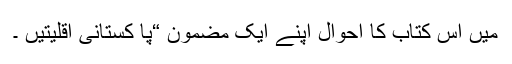
میں اس کتاب کا احوال اپنے ایک مضمون “پا کستانی اقلیتیں ۔